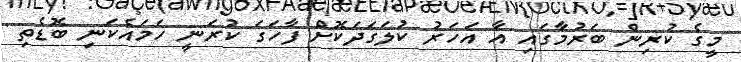
މީގެ ކުރިން ބަރުމާގައި އާ އަހަރު ކުލަގަދަކޮށް ފާހަގަ ކުރަނީ ހަމައެކަނި ބޮޑެތި